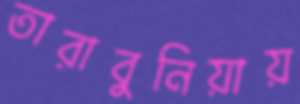
তারাবুনিয়ায়